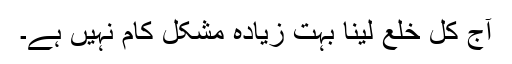
آج کل خلع لینا بہت زیادہ مشکل کام نہیں ہے۔